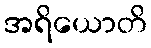
အရိယောတိ